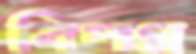
বিপণ্ন